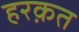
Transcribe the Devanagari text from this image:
हरक़त